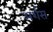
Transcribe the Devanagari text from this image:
अर्शस